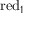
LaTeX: \operatorname { r e d } _ { 1 }